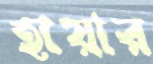
হায়ার